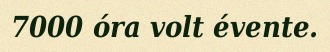
7000 óra volt évente.